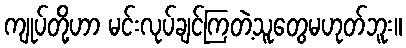
ကျုပ်တို့ဟာ မင်းလုပ်ချင်ကြတဲ့သူတွေမဟုတ်ဘူး။